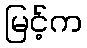
မြင့်က